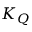
K _ { Q }